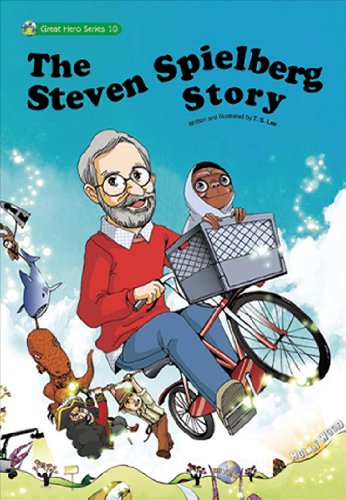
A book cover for The Stephen Spielberg Story: The First Stephen Spielberg Comic Biogrhaphy (Great Hero Series); T.S. Lee; Comics & Graphic Novels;